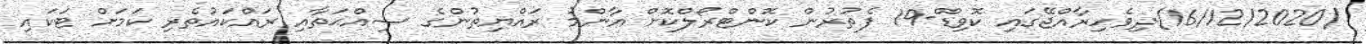
(16/12/2020)ދިވެހިރާއްޖޭގައި ކޮވިޑް-19 ފެތުރުން ކޮންޓްރޯލްކޮށް އާންމު ރައްޔިތުންގެ ޞިއްޙަތާއި ރައްކައުތެރި ކަމަށް ޓަކައި